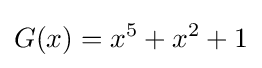
G(x)=x^{5}+x^{2}+1